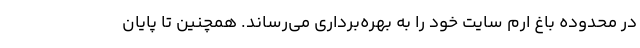
در محدوده باغ ارم سایت خود را به بهره‌برداری می‌رساند. همچنین تا پایان